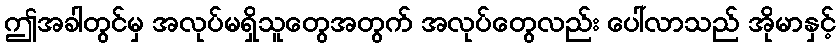
ဤအခါတွင်မှ အလုပ်မရှိသူတွေအတွက် အလုပ်တွေလည်း ပေါ်လာသည် အိုမာနှင့်